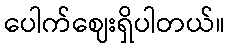
ပေါက်ဈေးရှိပါတယ်။